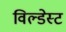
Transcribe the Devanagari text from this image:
विल्डेस्ट